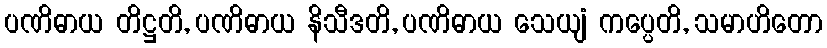
ပဏိဓာယ တိဋ္ဌတိ, ပဏိဓာယ နိသီဒတိ, ပဏိဓာယ သေယျံ ကပ္ပေတိ, သမာဟိတော